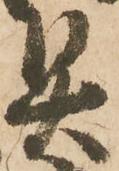
具